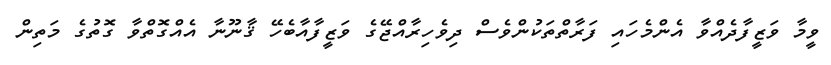
ވީމާ ވަޒީފާދެއްވާ އެންމެހައި ފަރާތްތަކުންވެސް ދިވެހިރާއްޖޭގެ ވަޒީފާއާބެހޭ ޤާނޫނާ އެއްގޮތްވާ ގޮތުގެ މަތިން